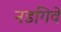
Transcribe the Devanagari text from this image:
नडगिवे